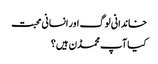
خاندانی لوگ اور انسانی محبت
کیا آپ محمڈن ہیں؟